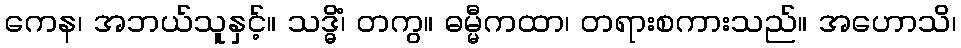
ကေန၊ အဘယ်သူနှင့်။ သဒ္ဓိံ၊ တကွ။ ဓမ္မီကထာ၊ တရားစကားသည်။ အဟောသိ၊